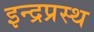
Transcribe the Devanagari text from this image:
इन्‍द्रप्रस्‍थ